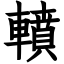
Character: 轒